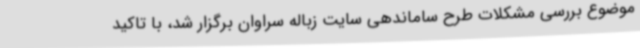
موضوع بررسی مشکلات طرح ساماندهی سایت زباله سراوان برگزار شد، با تاکید